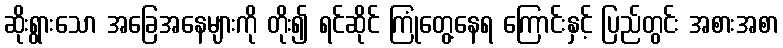
ဆိုးရွားသော အခြေအနေများကို တိုး၍ ရင်ဆိုင် ကြုံတွေ့နေရ ကြောင်းနှင့် ပြည်တွင်း အစားအစာ